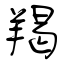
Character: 羯